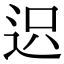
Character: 𨒅